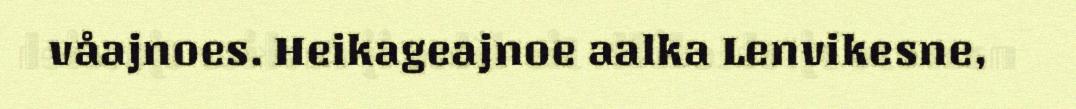
våajnoes. Heikageajnoe aalka Lenvikesne,